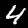
Digit: 4